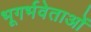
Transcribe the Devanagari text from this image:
भूगर्भवेताओं